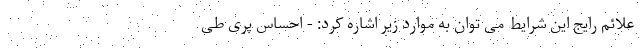
علائم رایج این شرایط می توان به موارد زیر اشاره کرد: - احساس پری طی